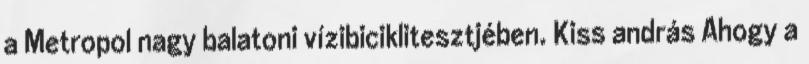
a Metropol nagy balatoni vízibiciklitesztjében. Kiss andrás Ahogy a